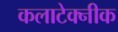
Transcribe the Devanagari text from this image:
कलाटेक्नीक